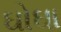
ઘોઘા